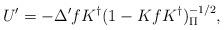
LaTeX: \begin{align*} U'=-\Delta'f K^\dag(1-K f K^\dag)^{-1/2}_\Pi,\end{align*}